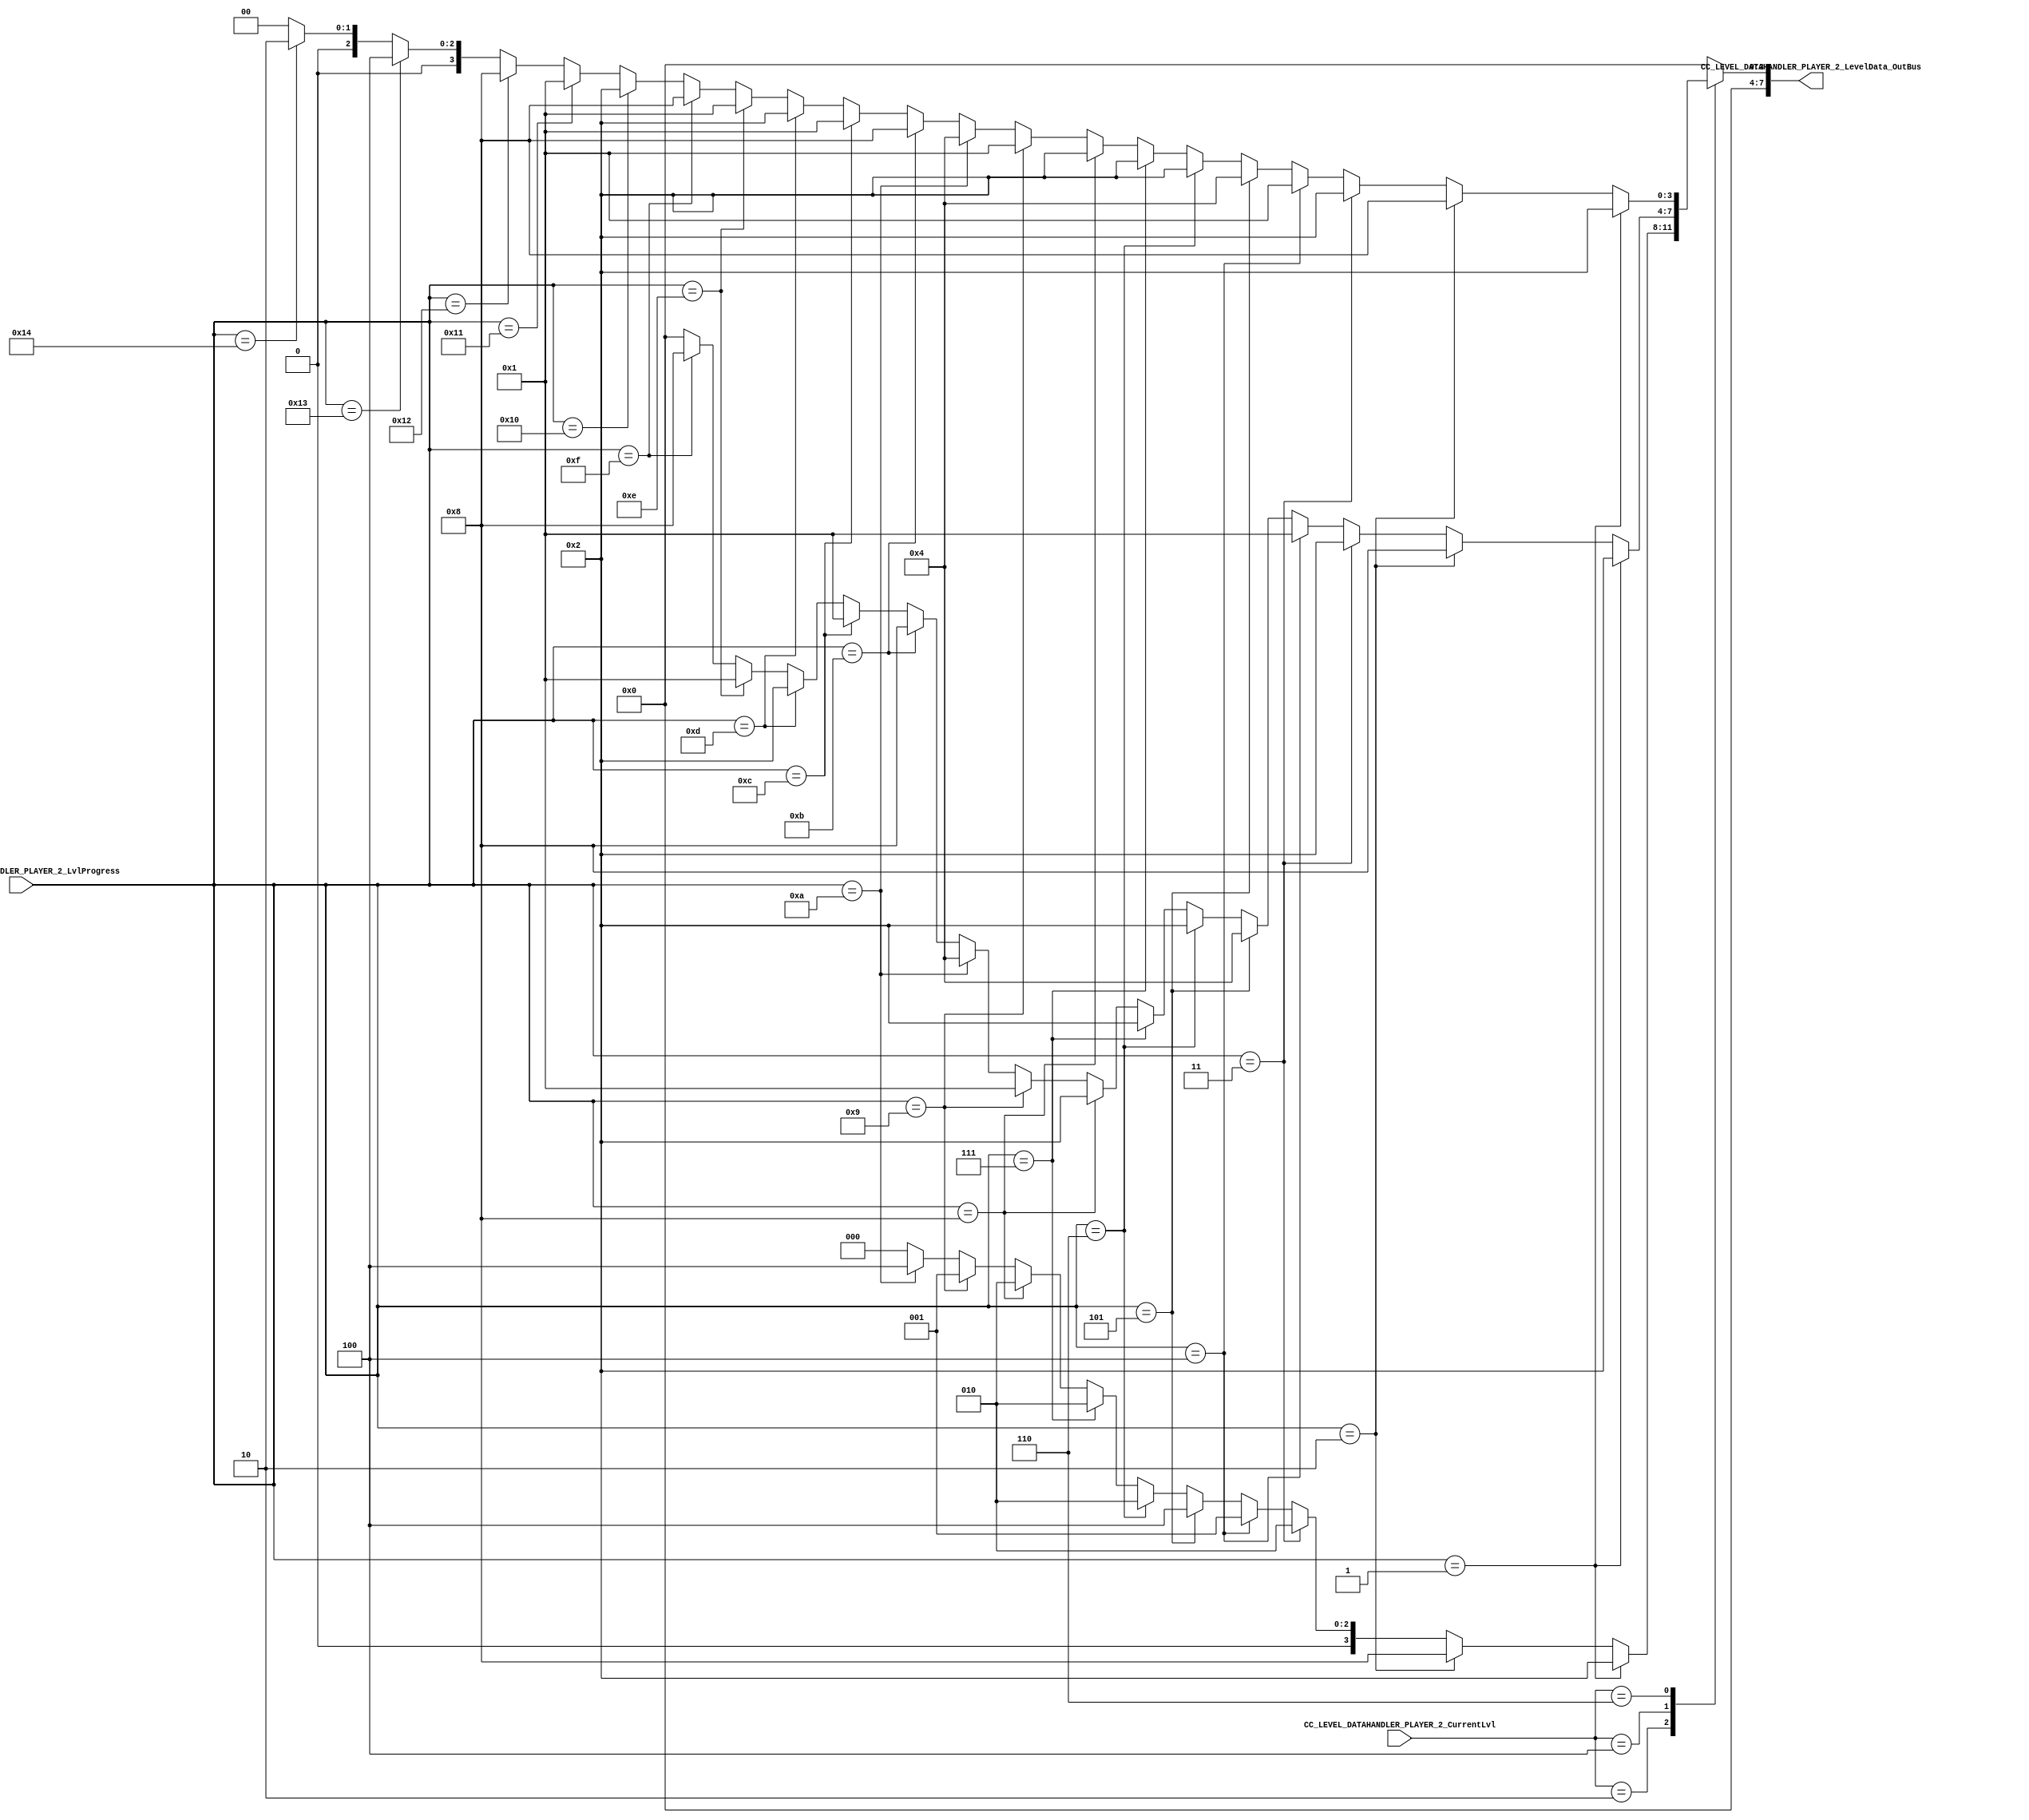
/*######################################################################
//#	G0B1T: HDL EXAMPLES. 2018.
//######################################################################
//# 
//# This program is free software: you can redistribute it and/or modify
//# it under the terms of the GNU General Public License as published by
//# the Free Software Foundation, version 3 of the License.
//#
//# This program is distributed in the hope that it will be useful,
//# but WITHOUT ANY WARRANTY; without even the implied warranty of
//# MERCHANTABILITY or FITNESS FOR A PARTICULAR PURPOSE.  See the
//# GNU General Public License for more details.
//#
//# You should have received a copy of the GNU General Public License
//# along with this program.  If not, see <http://www.gnu.org/licenses/>
//####################################################################*/
//=======================================================
//  MODULE Definition
//=======================================================

module CC_LEVEL_DATAHANDLER_PLAYER_2 (
//////////// OUTPUTS //////////
	CC_LEVEL_DATAHANDLER_PLAYER_2_LevelData_OutBus,
		
//////////// INPUTS //////////
	CC_LEVEL_DATAHANDLER_PLAYER_2_LvlProgress,
	CC_LEVEL_DATAHANDLER_PLAYER_2_CurrentLvl

);

//=======================================================
//  PARAMETER declarations
//=======================================================

parameter LEVEL_DATAHANDLER_DATAWIDTH 			= 8;
parameter CURRENTLEVEL_DATAWIDTH					= 3;
parameter LEVELPROGRESS_DATAWIDTH				= 5;


//LEVEL 1
parameter DATALVL1_COUNT0   	= 8'b00000010;
parameter DATALVL1_COUNT1   	= 8'b00001000;
parameter DATALVL1_COUNT2   	= 8'b00000010;
parameter DATALVL1_COUNT3   	= 8'b00000001;
parameter DATALVL1_COUNT4   	= 8'b00000100;
parameter DATALVL1_COUNT5   	= 8'b00000010;
parameter DATALVL1_COUNT6   	= 8'b00000010;
parameter DATALVL1_COUNT7   	= 8'b00000010;
parameter DATALVL1_COUNT8   	= 8'b00000001;
parameter DATALVL1_COUNT9   	= 8'b00000100;


//LEVEL 2
parameter DATALVL2_COUNT0   	= 8'b00000010;
parameter DATALVL2_COUNT1   	= 8'b00001000;
parameter DATALVL2_COUNT2   	= 8'b00000010;
parameter DATALVL2_COUNT3  	= 8'b00000001;
parameter DATALVL2_COUNT4   	= 8'b00000100;
parameter DATALVL2_COUNT5   	= 8'b00000010;
parameter DATALVL2_COUNT6   	= 8'b00000010;
parameter DATALVL2_COUNT7   	= 8'b00000010;
parameter DATALVL2_COUNT8   	= 8'b00000001;
parameter DATALVL2_COUNT9   	= 8'b00000100;
parameter DATALVL2_COUNT10   	= 8'b00001000;
parameter DATALVL2_COUNT11   	= 8'b00000001;
parameter DATALVL2_COUNT12   	= 8'b00000010;
parameter DATALVL2_COUNT13   	= 8'b00000001;
parameter DATALVL2_COUNT14   	= 8'b00001000;

//LEVEL 3
parameter DATALVL3_COUNT0   	= 8'b00000010;
parameter DATALVL3_COUNT1   	= 8'b00001000;
parameter DATALVL3_COUNT2   	= 8'b00000010;
parameter DATALVL3_COUNT3   	= 8'b00000001;
parameter DATALVL3_COUNT4   	= 8'b00000100;
parameter DATALVL3_COUNT5   	= 8'b00000010;
parameter DATALVL3_COUNT6   	= 8'b00000010;
parameter DATALVL3_COUNT7   	= 8'b00000010;
parameter DATALVL3_COUNT8   	= 8'b00000001;
parameter DATALVL3_COUNT9   	= 8'b00000100;
parameter DATALVL3_COUNT10   	= 8'b00001000;
parameter DATALVL3_COUNT11   	= 8'b00000001;
parameter DATALVL3_COUNT12  	= 8'b00000010;
parameter DATALVL3_COUNT13   	= 8'b00000001;
parameter DATALVL3_COUNT14   	= 8'b00001000;
parameter DATALVL3_COUNT15   	= 8'b00000010;
parameter DATALVL3_COUNT16   	= 8'b00000001;
parameter DATALVL3_COUNT17   	= 8'b00001000;
parameter DATALVL3_COUNT18   	= 8'b00000100;
parameter DATALVL3_COUNT19   	= 8'b00000010;


//=======================================================
//  PORT declarations
//=======================================================
output reg [LEVEL_DATAHANDLER_DATAWIDTH-1:0]	CC_LEVEL_DATAHANDLER_PLAYER_2_LevelData_OutBus;

	
input		  [LEVELPROGRESS_DATAWIDTH-1:0]	 	CC_LEVEL_DATAHANDLER_PLAYER_2_LvlProgress;
input 	  [CURRENTLEVEL_DATAWIDTH-1:0]		CC_LEVEL_DATAHANDLER_PLAYER_2_CurrentLvl;

//=======================================================
//  REG/WIRE declarations
//=======================================================


//=======================================================
//  Structural coding
//=======================================================
always @(*)
begin
	case (CC_LEVEL_DATAHANDLER_PLAYER_2_CurrentLvl)
	
	2: begin
			if(CC_LEVEL_DATAHANDLER_PLAYER_2_LvlProgress == 1) CC_LEVEL_DATAHANDLER_PLAYER_2_LevelData_OutBus = DATALVL1_COUNT0;
			else if (CC_LEVEL_DATAHANDLER_PLAYER_2_LvlProgress == 2) CC_LEVEL_DATAHANDLER_PLAYER_2_LevelData_OutBus = DATALVL1_COUNT1;
			else if (CC_LEVEL_DATAHANDLER_PLAYER_2_LvlProgress == 3) CC_LEVEL_DATAHANDLER_PLAYER_2_LevelData_OutBus = DATALVL1_COUNT2;
			else if (CC_LEVEL_DATAHANDLER_PLAYER_2_LvlProgress == 4) CC_LEVEL_DATAHANDLER_PLAYER_2_LevelData_OutBus = DATALVL1_COUNT3;
			else if (CC_LEVEL_DATAHANDLER_PLAYER_2_LvlProgress == 5) CC_LEVEL_DATAHANDLER_PLAYER_2_LevelData_OutBus = DATALVL1_COUNT4;
			else if (CC_LEVEL_DATAHANDLER_PLAYER_2_LvlProgress == 6) CC_LEVEL_DATAHANDLER_PLAYER_2_LevelData_OutBus = DATALVL1_COUNT5;
			else if (CC_LEVEL_DATAHANDLER_PLAYER_2_LvlProgress == 7) CC_LEVEL_DATAHANDLER_PLAYER_2_LevelData_OutBus = DATALVL1_COUNT6;
			else if (CC_LEVEL_DATAHANDLER_PLAYER_2_LvlProgress == 8) CC_LEVEL_DATAHANDLER_PLAYER_2_LevelData_OutBus = DATALVL1_COUNT7;
			else if (CC_LEVEL_DATAHANDLER_PLAYER_2_LvlProgress == 9) CC_LEVEL_DATAHANDLER_PLAYER_2_LevelData_OutBus = DATALVL1_COUNT8;
			else if (CC_LEVEL_DATAHANDLER_PLAYER_2_LvlProgress == 10) CC_LEVEL_DATAHANDLER_PLAYER_2_LevelData_OutBus = DATALVL1_COUNT9;
			else CC_LEVEL_DATAHANDLER_PLAYER_2_LevelData_OutBus = 0;
		end
		
	4: begin
			if(CC_LEVEL_DATAHANDLER_PLAYER_2_LvlProgress == 1) CC_LEVEL_DATAHANDLER_PLAYER_2_LevelData_OutBus			= DATALVL2_COUNT0;
			else if (CC_LEVEL_DATAHANDLER_PLAYER_2_LvlProgress == 2) CC_LEVEL_DATAHANDLER_PLAYER_2_LevelData_OutBus 	= DATALVL2_COUNT1;
			else if (CC_LEVEL_DATAHANDLER_PLAYER_2_LvlProgress == 3) CC_LEVEL_DATAHANDLER_PLAYER_2_LevelData_OutBus 	= DATALVL2_COUNT2;
			else if (CC_LEVEL_DATAHANDLER_PLAYER_2_LvlProgress == 4) CC_LEVEL_DATAHANDLER_PLAYER_2_LevelData_OutBus 	= DATALVL2_COUNT3;
			else if (CC_LEVEL_DATAHANDLER_PLAYER_2_LvlProgress == 5) CC_LEVEL_DATAHANDLER_PLAYER_2_LevelData_OutBus 	= DATALVL2_COUNT4;
			else if (CC_LEVEL_DATAHANDLER_PLAYER_2_LvlProgress == 6) CC_LEVEL_DATAHANDLER_PLAYER_2_LevelData_OutBus 	= DATALVL2_COUNT5;
			else if (CC_LEVEL_DATAHANDLER_PLAYER_2_LvlProgress == 7) CC_LEVEL_DATAHANDLER_PLAYER_2_LevelData_OutBus 	= DATALVL2_COUNT6;
			else if (CC_LEVEL_DATAHANDLER_PLAYER_2_LvlProgress == 8) CC_LEVEL_DATAHANDLER_PLAYER_2_LevelData_OutBus 	= DATALVL2_COUNT7;
			else if (CC_LEVEL_DATAHANDLER_PLAYER_2_LvlProgress == 9) CC_LEVEL_DATAHANDLER_PLAYER_2_LevelData_OutBus 	= DATALVL2_COUNT8;
			else if (CC_LEVEL_DATAHANDLER_PLAYER_2_LvlProgress == 10) CC_LEVEL_DATAHANDLER_PLAYER_2_LevelData_OutBus = DATALVL2_COUNT9;
			else if (CC_LEVEL_DATAHANDLER_PLAYER_2_LvlProgress == 11) CC_LEVEL_DATAHANDLER_PLAYER_2_LevelData_OutBus = DATALVL2_COUNT10;
			else if (CC_LEVEL_DATAHANDLER_PLAYER_2_LvlProgress == 12) CC_LEVEL_DATAHANDLER_PLAYER_2_LevelData_OutBus = DATALVL2_COUNT11;
			else if (CC_LEVEL_DATAHANDLER_PLAYER_2_LvlProgress == 13) CC_LEVEL_DATAHANDLER_PLAYER_2_LevelData_OutBus = DATALVL2_COUNT12;
			else if (CC_LEVEL_DATAHANDLER_PLAYER_2_LvlProgress == 14) CC_LEVEL_DATAHANDLER_PLAYER_2_LevelData_OutBus = DATALVL2_COUNT13;
			else if (CC_LEVEL_DATAHANDLER_PLAYER_2_LvlProgress == 15) CC_LEVEL_DATAHANDLER_PLAYER_2_LevelData_OutBus = DATALVL2_COUNT14;
			else CC_LEVEL_DATAHANDLER_PLAYER_2_LevelData_OutBus = 0;
		end
		
	6: begin
			if(CC_LEVEL_DATAHANDLER_PLAYER_2_LvlProgress == 1) CC_LEVEL_DATAHANDLER_PLAYER_2_LevelData_OutBus			= DATALVL3_COUNT0;
			else if (CC_LEVEL_DATAHANDLER_PLAYER_2_LvlProgress == 2) CC_LEVEL_DATAHANDLER_PLAYER_2_LevelData_OutBus 	= DATALVL3_COUNT1;
			else if (CC_LEVEL_DATAHANDLER_PLAYER_2_LvlProgress == 3) CC_LEVEL_DATAHANDLER_PLAYER_2_LevelData_OutBus 	= DATALVL3_COUNT2;
			else if (CC_LEVEL_DATAHANDLER_PLAYER_2_LvlProgress == 4) CC_LEVEL_DATAHANDLER_PLAYER_2_LevelData_OutBus 	= DATALVL3_COUNT3;
			else if (CC_LEVEL_DATAHANDLER_PLAYER_2_LvlProgress == 5) CC_LEVEL_DATAHANDLER_PLAYER_2_LevelData_OutBus 	= DATALVL3_COUNT4;
			else if (CC_LEVEL_DATAHANDLER_PLAYER_2_LvlProgress == 6) CC_LEVEL_DATAHANDLER_PLAYER_2_LevelData_OutBus 	= DATALVL3_COUNT5;
			else if (CC_LEVEL_DATAHANDLER_PLAYER_2_LvlProgress == 7) CC_LEVEL_DATAHANDLER_PLAYER_2_LevelData_OutBus 	= DATALVL3_COUNT6;
			else if (CC_LEVEL_DATAHANDLER_PLAYER_2_LvlProgress == 8) CC_LEVEL_DATAHANDLER_PLAYER_2_LevelData_OutBus 	= DATALVL3_COUNT7;
			else if (CC_LEVEL_DATAHANDLER_PLAYER_2_LvlProgress == 9) CC_LEVEL_DATAHANDLER_PLAYER_2_LevelData_OutBus 	= DATALVL3_COUNT8;
			else if (CC_LEVEL_DATAHANDLER_PLAYER_2_LvlProgress == 10) CC_LEVEL_DATAHANDLER_PLAYER_2_LevelData_OutBus = DATALVL3_COUNT9;
			else if (CC_LEVEL_DATAHANDLER_PLAYER_2_LvlProgress == 11) CC_LEVEL_DATAHANDLER_PLAYER_2_LevelData_OutBus = DATALVL3_COUNT10;
			else if (CC_LEVEL_DATAHANDLER_PLAYER_2_LvlProgress == 12) CC_LEVEL_DATAHANDLER_PLAYER_2_LevelData_OutBus = DATALVL3_COUNT11;
			else if (CC_LEVEL_DATAHANDLER_PLAYER_2_LvlProgress == 13) CC_LEVEL_DATAHANDLER_PLAYER_2_LevelData_OutBus = DATALVL3_COUNT12;
			else if (CC_LEVEL_DATAHANDLER_PLAYER_2_LvlProgress == 14) CC_LEVEL_DATAHANDLER_PLAYER_2_LevelData_OutBus = DATALVL3_COUNT13;
			else if (CC_LEVEL_DATAHANDLER_PLAYER_2_LvlProgress == 15) CC_LEVEL_DATAHANDLER_PLAYER_2_LevelData_OutBus = DATALVL3_COUNT14;
			else if (CC_LEVEL_DATAHANDLER_PLAYER_2_LvlProgress == 16) CC_LEVEL_DATAHANDLER_PLAYER_2_LevelData_OutBus = DATALVL3_COUNT15;
			else if (CC_LEVEL_DATAHANDLER_PLAYER_2_LvlProgress == 17) CC_LEVEL_DATAHANDLER_PLAYER_2_LevelData_OutBus = DATALVL3_COUNT16;
			else if (CC_LEVEL_DATAHANDLER_PLAYER_2_LvlProgress == 18) CC_LEVEL_DATAHANDLER_PLAYER_2_LevelData_OutBus = DATALVL3_COUNT17;
			else if (CC_LEVEL_DATAHANDLER_PLAYER_2_LvlProgress == 19) CC_LEVEL_DATAHANDLER_PLAYER_2_LevelData_OutBus = DATALVL3_COUNT18;
			else if (CC_LEVEL_DATAHANDLER_PLAYER_2_LvlProgress == 20) CC_LEVEL_DATAHANDLER_PLAYER_2_LevelData_OutBus = DATALVL3_COUNT19;
			else CC_LEVEL_DATAHANDLER_PLAYER_2_LevelData_OutBus = 0;
		end
	default: CC_LEVEL_DATAHANDLER_PLAYER_2_LevelData_OutBus = 0;
	endcase

end

endmodule